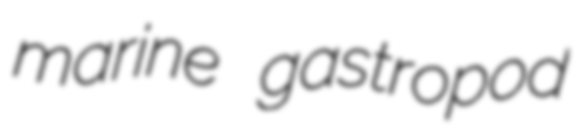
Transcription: marine gastropod